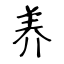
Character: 养